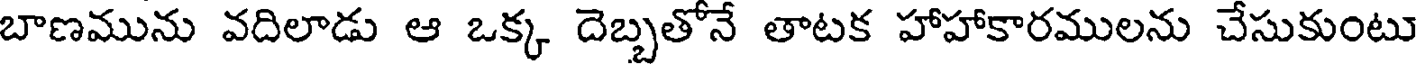
బాణమును వదిలాడు ఆ ఒక్క దెబ్బతోనే తాటక హాహాకారములను చేసుకుంటు